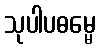
သုပါပဓမ္မေ